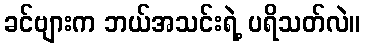
ခင်ဗျားက ဘယ်အသင်းရဲ့ ပရိသတ်လဲ။